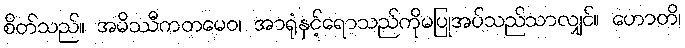
စိတ်သည်။ အမိဿီကတမေဝ၊ အာရုံနှင့်ရောသည်ကိုမပြုအပ်သည်သာလျှင်။ ဟောတိ၊